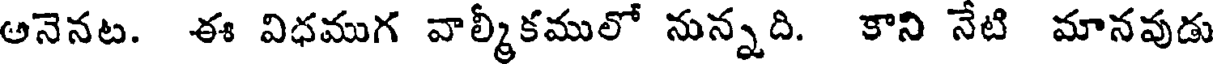
అనెనట. ఈ విధముగ వాల్మీకములో నున్నది. కాని నేటి మానవుడు